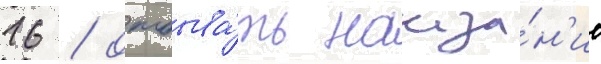
16 / отбыва́ть наказа́н'ие